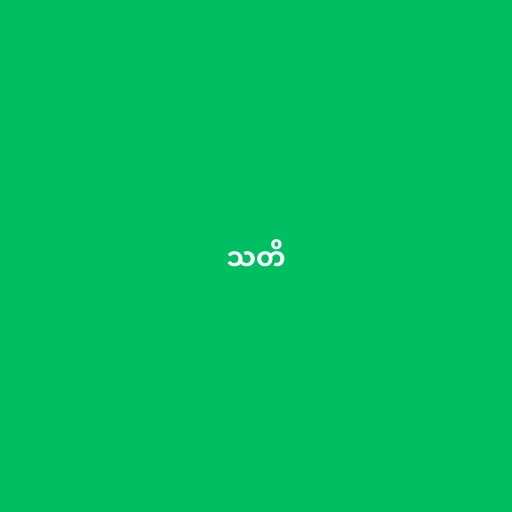
သတိ